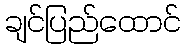
ချင်ပြည်ထောင်